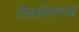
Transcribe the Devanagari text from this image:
तेलक्षेत्रासारखे